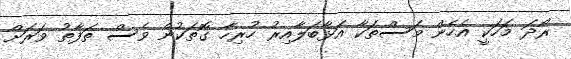
ރޯދަ މަހަކީ އެހެން މަސްތަކާ އަޅާބަލާއިރު ހުރިހާ ގޮތަކުން ވެސް ތަފާތު ވަރަށް